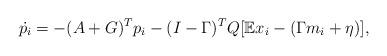
LaTeX: \begin{align*}\dot{p_i} = -(A+G)^T p_i -(I-\Gamma)^T Q [\mathbb{E}x_i- (\Gamma m_i+\eta)] , \end{align*}